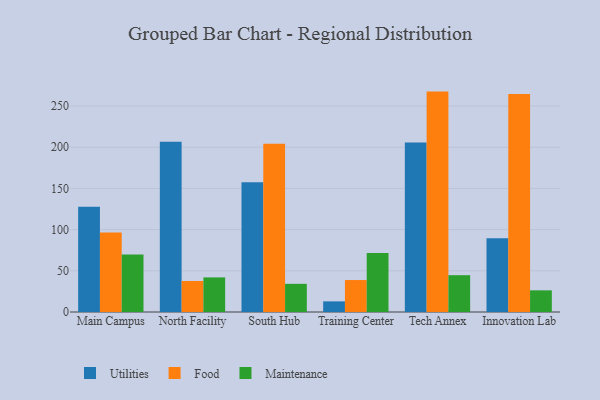
{"axis": {"x": "Campus", "y": "Customer Acquisition Cost (USD)"}, "legend": ["Food", "Maintenance", "Utilities"], "data": [{"x": "Main Campus", "y": 127.8, "type": "Utilities"}, {"x": "Main Campus", "y": 96.6, "type": "Food"}, {"x": "Main Campus", "y": 69.7, "type": "Maintenance"}, {"x": "North Facility", "y": 206.7, "type": "Utilities"}, {"x": "North Facility", "y": 37.6, "type": "Food"}, {"x": "North Facility", "y": 42.0, "type": "Maintenance"}, {"x": "South Hub", "y": 157.5, "type": "Utilities"}, {"x": "South Hub", "y": 204.2, "type": "Food"}, {"x": "South Hub", "y": 34.2, "type": "Maintenance"}, {"x": "Training Center", "y": 12.9, "type": "Utilities"}, {"x": "Training Center", "y": 38.8, "type": "Food"}, {"x": "Training Center", "y": 71.7, "type": "Maintenance"}, {"x": "Tech Annex", "y": 205.7, "type": "Utilities"}, {"x": "Tech Annex", "y": 267.5, "type": "Food"}, {"x": "Tech Annex", "y": 44.7, "type": "Maintenance"}, {"x": "Innovation Lab", "y": 89.5, "type": "Utilities"}, {"x": "Innovation Lab", "y": 264.7, "type": "Food"}, {"x": "Innovation Lab", "y": 26.3, "type": "Maintenance"}]}